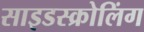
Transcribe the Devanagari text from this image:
साइडस्क्रोलिंग